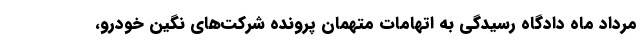
مرداد ماه دادگاه رسیدگی به اتهامات متهمان پرونده شرکت‌های نگین خودرو،